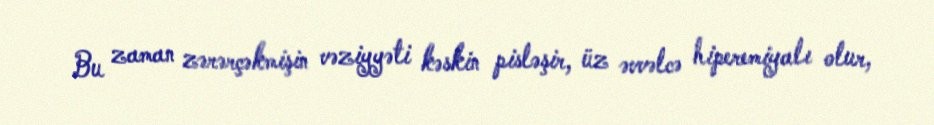
Bu zaman zərərçəkmişin vəziyyəti kəskin pisləşir, üz əvvəlcə hiperemiyalı olur,